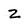
Character: Z